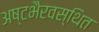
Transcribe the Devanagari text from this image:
अष्टभैरवस्थित